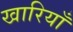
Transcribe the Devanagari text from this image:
खारियाँ